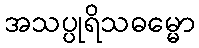
အသပ္ပုရိသဓမ္မော